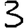
Digit: 3